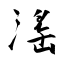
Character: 滛